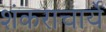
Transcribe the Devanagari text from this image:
शंकराचार्ये